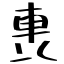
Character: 軣